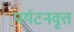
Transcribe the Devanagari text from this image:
पर्यटनवृत्त